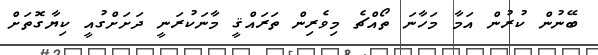
ބޭނުން ކުރުން އަމާ މަހާނަ ތޯއްޗެ މިވެރިން ތަރައްޤީ މާނަކުރަނީ ދަށަށްގުއީ ކިޔާގޮތަށް